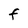
Character: F